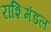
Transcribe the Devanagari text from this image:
राशिमंडल